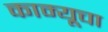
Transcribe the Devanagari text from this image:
काम्यूचा